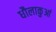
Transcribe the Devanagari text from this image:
धौलाकुआं